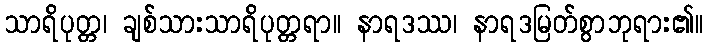
သာရိပုတ္တ၊ ချစ်သားသာရိပုတ္တရာ။ နာရဒဿ၊ နာရဒမြတ်စွာဘုရား၏။